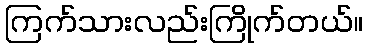
ကြက်သားလည်းကြိုက်တယ်။